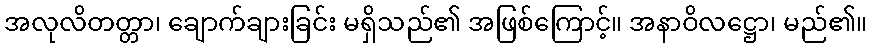
အလုလိတတ္တာ၊ ချောက်ချားခြင်း မရှိသည်၏ အဖြစ်ကြောင့်။ အနာဝိလဋ္ဌော၊ မည်၏။